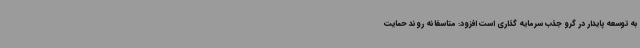
به توسعه پایدار در گرو جذب سرمایه گذاری است افزود: متاسفانه روند حمایت